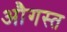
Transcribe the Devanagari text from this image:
औगस्त